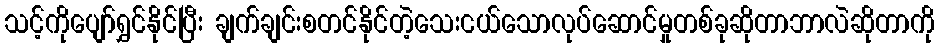
သင့်ကိုပျော်ရွှင်နိုင်ပြီး ချက်ချင်းစတင်နိုင်တဲ့သေးငယ်သောလုပ်ဆောင်မှုတစ်ခုဆိုတာဘာလဲဆိုတာကို